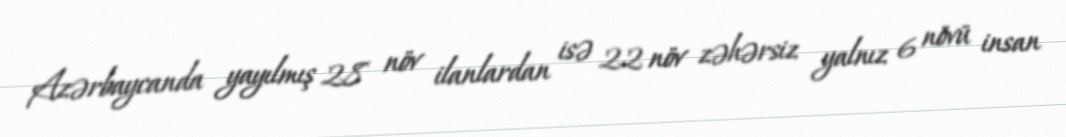
Azərbaycanda yayılmış 28 növ ilanlardan isə 22 növ zəhərsiz yalnız 6 növü insan